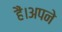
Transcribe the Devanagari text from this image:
हैं।अपने